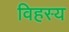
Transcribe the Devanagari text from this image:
विहस्य